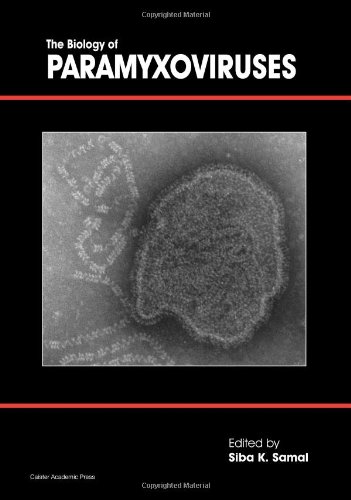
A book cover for The Biology of Paramyxoviruses; Medical Books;